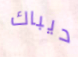
ديباك